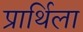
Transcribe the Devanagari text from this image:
प्रार्थिला